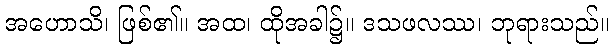
အဟောသိ၊ ဖြစ်၏။ အထ၊ ထိုအခါ၌။ ဒသဖလဿ၊ ဘုရားသည်။